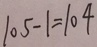
1 0 5 - 1 = 1 0 4